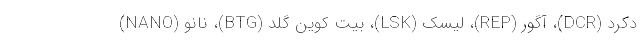
دِکِرِد (DCR)، آگور (REP)، لیسک (LSK)، بیت کوین گلد (BTG)، نانو (NANO)